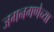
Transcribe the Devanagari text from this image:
जगनगणेच्या